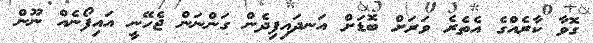
ގޮވާ ކާރެއްގެ އެތެރެ ވަރަށް ބޮޑަށް އަނދައިފިދެން ގަންނަން ޖެހޭނީ އައިފޯނެއް ނޫން